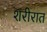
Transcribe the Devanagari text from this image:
शरीरात